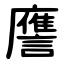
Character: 譍